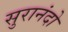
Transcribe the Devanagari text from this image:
सुरानंदो